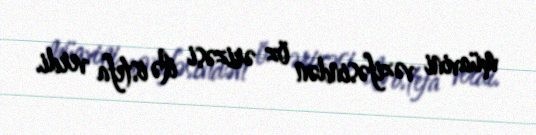
müavini vəzifəsindən öz ərizəsi ilə istefa verdi.